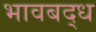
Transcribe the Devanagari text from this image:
भावबद्ध